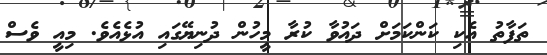
ތަފާތު އެކި ކަންކަމަށް ދައުވާ ކުރާ މީހުން ދުނިޔޭގައި އުޅެއެވެ. މިއީ ވެސް